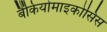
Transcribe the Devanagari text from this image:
बैंकियोमाइकोसिस